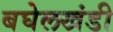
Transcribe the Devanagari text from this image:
बघेलखंडी